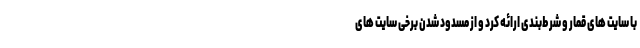
با سایت های قمار و شرط‌بندی ارائه کرد و از مسدود شدن برخی سایت های